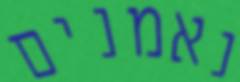
נאמנים